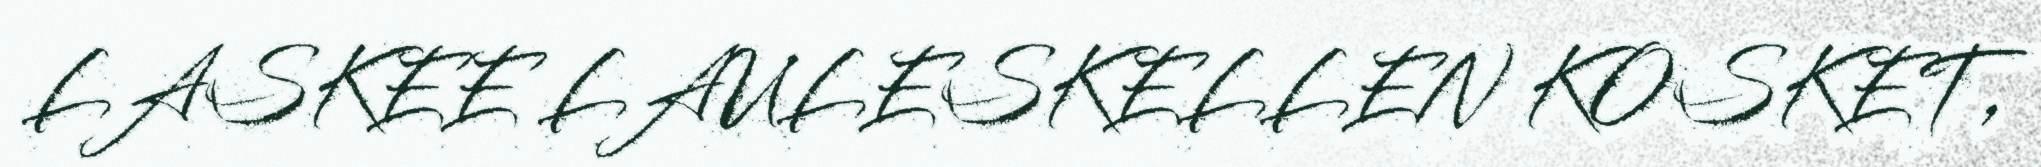
LASKEE LAULESKELLEN KOSKET,